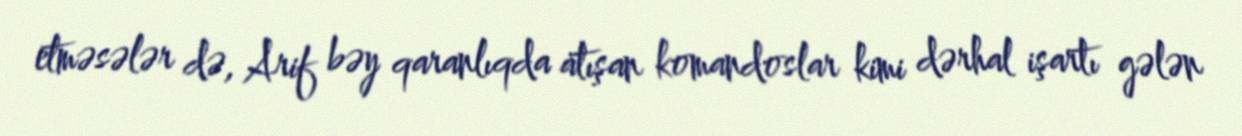
etməsələr də, Arif bəy qaranlıqda atışan komandoslar kimi dərhal işartı gələn